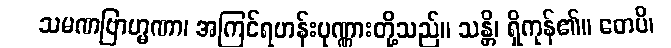
သမဏဗြာဟ္မဏာ၊ အကြင်ရဟန်းပုဏ္ဏားတို့သည်။ သန္တိ၊ ရှိကုန်၏။ တေပိ၊